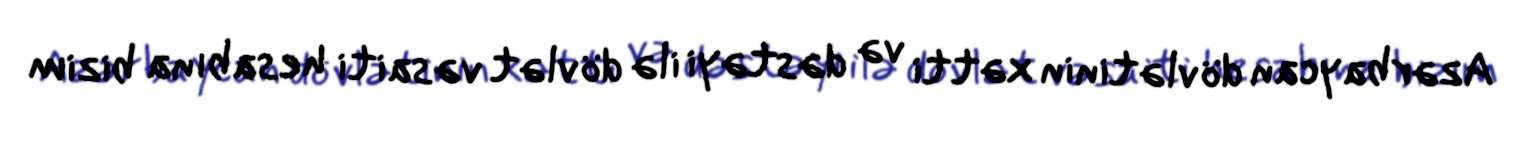
Azərbaycan dövlətinin xətti və dəstəyi ilə dövlət vəsaiti hesabına bizim